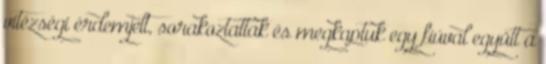
vitézségi érdemjelt, sorakoztattak és megkaptuk egy fiúval együtt a